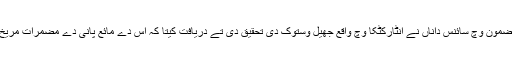
جیو فزیکل جرنل وچ اک مضمون وچ سائنس داناں نے انٹارکٹکا وچ واقع جھیل وستوک دی تحقیق دی تے دریافت کیتا کہ اس دے مائع پانی دے مضمرات مریخ اُتے ہن وی ہو سکدے نيں۔